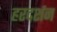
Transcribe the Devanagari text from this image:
हरदर्शन